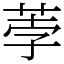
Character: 荸